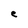
Character: e